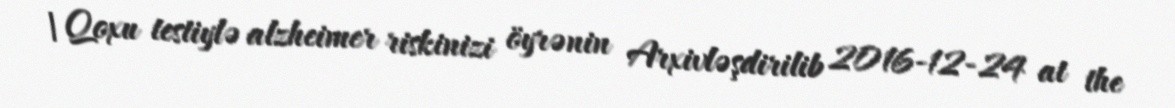
| Qoxu testiylə alzheimer riskinizi öyrənin Arxivləşdirilib 2016-12-24 at the